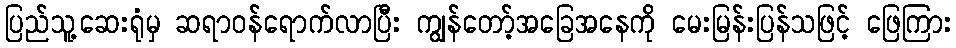
ပြည်သူ့ဆေးရုံမှ ဆရာဝန်ရောက်လာပြီး ကျွန်တော့်အခြေအနေကို မေးမြန်းပြန်သဖြင့် ဖြေကြား